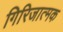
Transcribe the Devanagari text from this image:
गिरिजात्मक